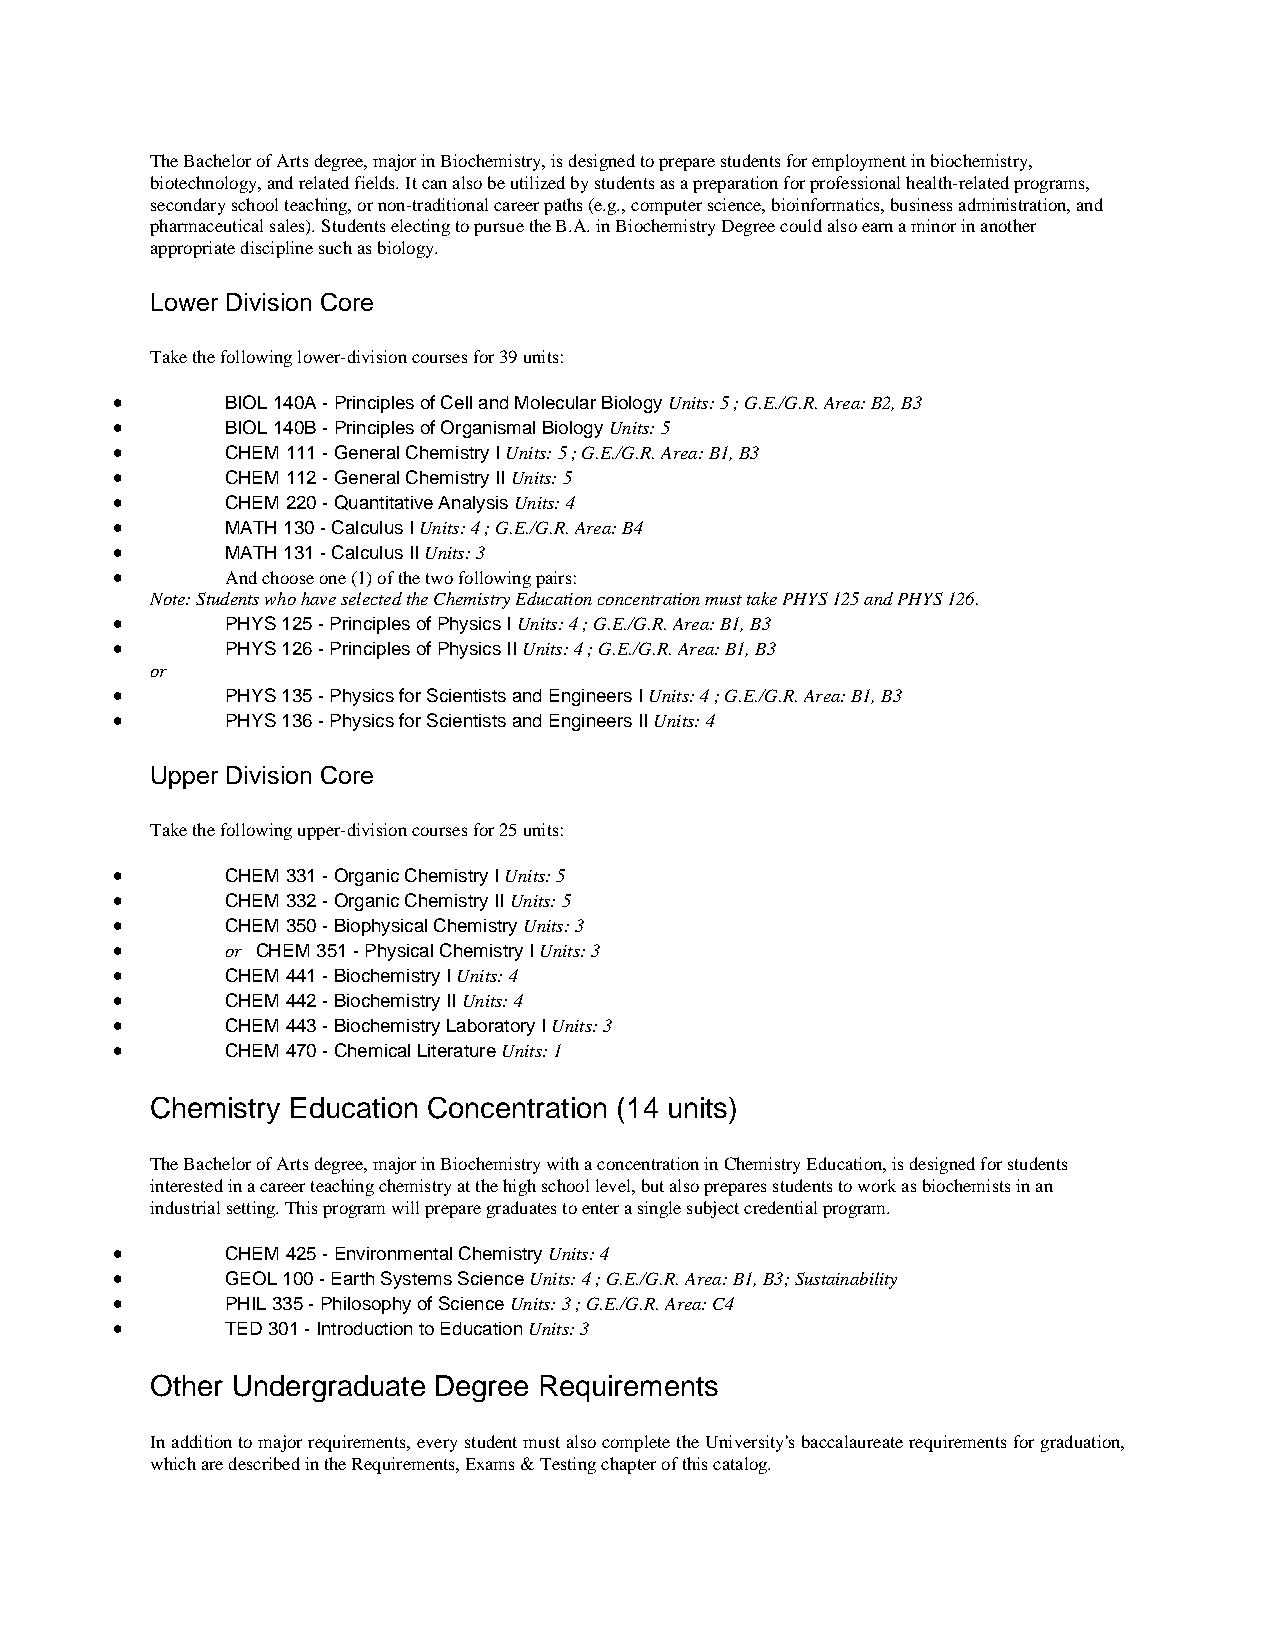
The Bachelor of Arts degree, major in Biochemistry, is designed to prepare students for employment in biochemistry,
 biotechnology, and related fields. It can also be utilized by students as a preparation for professional health-related programs,
 secondary school teaching, or non-traditional career paths (e.g., computer science, bioinformatics, business administration, and
 pharmaceutical sales). Students electing to pursue the B.A. in Biochemistry Degree could also earn a minor in another
 appropriate discipline such as biology.
 Lower Division Core
 Take the following lower-division courses for 39 units:
 •       BIOL 140A - Principles of Cell and Molecular Biology Units: 5 ; G.E./G.R. Area: B2, B3
 •       BIOL 140B - Principles of Organismal Biology Units: 5
 •       CHEM 111 - General Chemistry I Units: 5 ; G.E./G.R. Area: B1, B3
 •       CHEM 112 - General Chemistry II Units: 5
 •       CHEM 220 - Quantitative Analysis Units: 4
 •       MATH 130 - Calculus I Units: 4 ; G.E./G.R. Area: B4
 •       MATH 131 - Calculus II Units: 3
 •       And choose one (1) of the two following pairs:
 Note: Students who have selected the Chemistry Education concentration must take PHYS 125 and PHYS 126.
 •       PHYS 125 - Principles of Physics I Units: 4 ; G.E./G.R. Area: B1, B3
 •       PHYS 126 - Principles of Physics II Units: 4 ; G.E./G.R. Area: B1, B3
 or
 •       PHYS 135 - Physics for Scientists and Engineers I Units: 4 ; G.E./G.R. Area: B1, B3
 •       PHYS 136 - Physics for Scientists and Engineers II Units: 4
 Upper Division Core
 Take the following upper-division courses for 25 units:
 •       CHEM 331 - Organic Chemistry I Units: 5
 •       CHEM 332 - Organic Chemistry II Units: 5
 •       CHEM 350 - Biophysical Chemistry Units: 3
 •       or CHEM 351 - Physical Chemistry I Units: 3
 •       CHEM 441 - Biochemistry I Units: 4
 •       CHEM 442 - Biochemistry II Units: 4
 •       CHEM 443 - Biochemistry Laboratory I Units: 3
 •       CHEM 470 - Chemical Literature Units: 1
 Chemistry Education Concentration (14 units)
 The Bachelor of Arts degree, major in Biochemistry with a concentration in Chemistry Education, is designed for students
 interested in a career teaching chemistry at the high school level, but also prepares students to work as biochemists in an
 industrial setting. This program will prepare graduates to enter a single subject credential program.
 •       CHEM 425 - Environmental Chemistry Units: 4
 •       GEOL 100 - Earth Systems Science Units: 4 ; G.E./G.R. Area: B1, B3; Sustainability
 •       PHIL 335 - Philosophy of Science Units: 3 ; G.E./G.R. Area: C4
 •       TED 301 - Introduction to Education Units: 3
 Other Undergraduate Degree Requirements
 In addition to major requirements, every student must also complete the University's baccalaureate requirements for graduation,
 which are described in the Requirements, Exams & Testing chapter of this catalog.